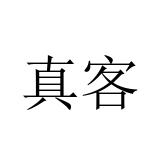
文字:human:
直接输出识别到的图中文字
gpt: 真客